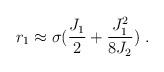
LaTeX: \begin{align*}r_1\approx \sigma({{J_1}\over 2}+{{J_1^2}\over{8J_2}})~.\end{align*}